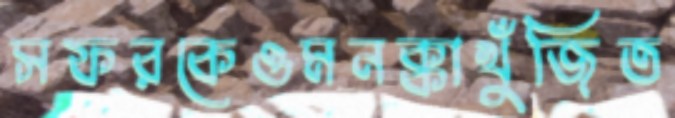
সফরকেওমনক্কাখুঁজিত